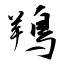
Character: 鴹